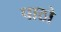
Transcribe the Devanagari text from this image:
पाठो